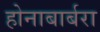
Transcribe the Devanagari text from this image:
होनाबार्बरा